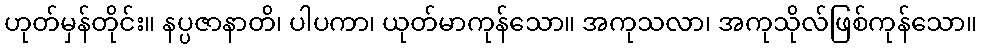
ဟုတ်မှန်တိုင်း။ နပ္ပဇာနာတိ၊ ပါပကာ၊ ယုတ်မာကုန်သော။ အကုသလာ၊ အကုသိုလ်ဖြစ်ကုန်သော။